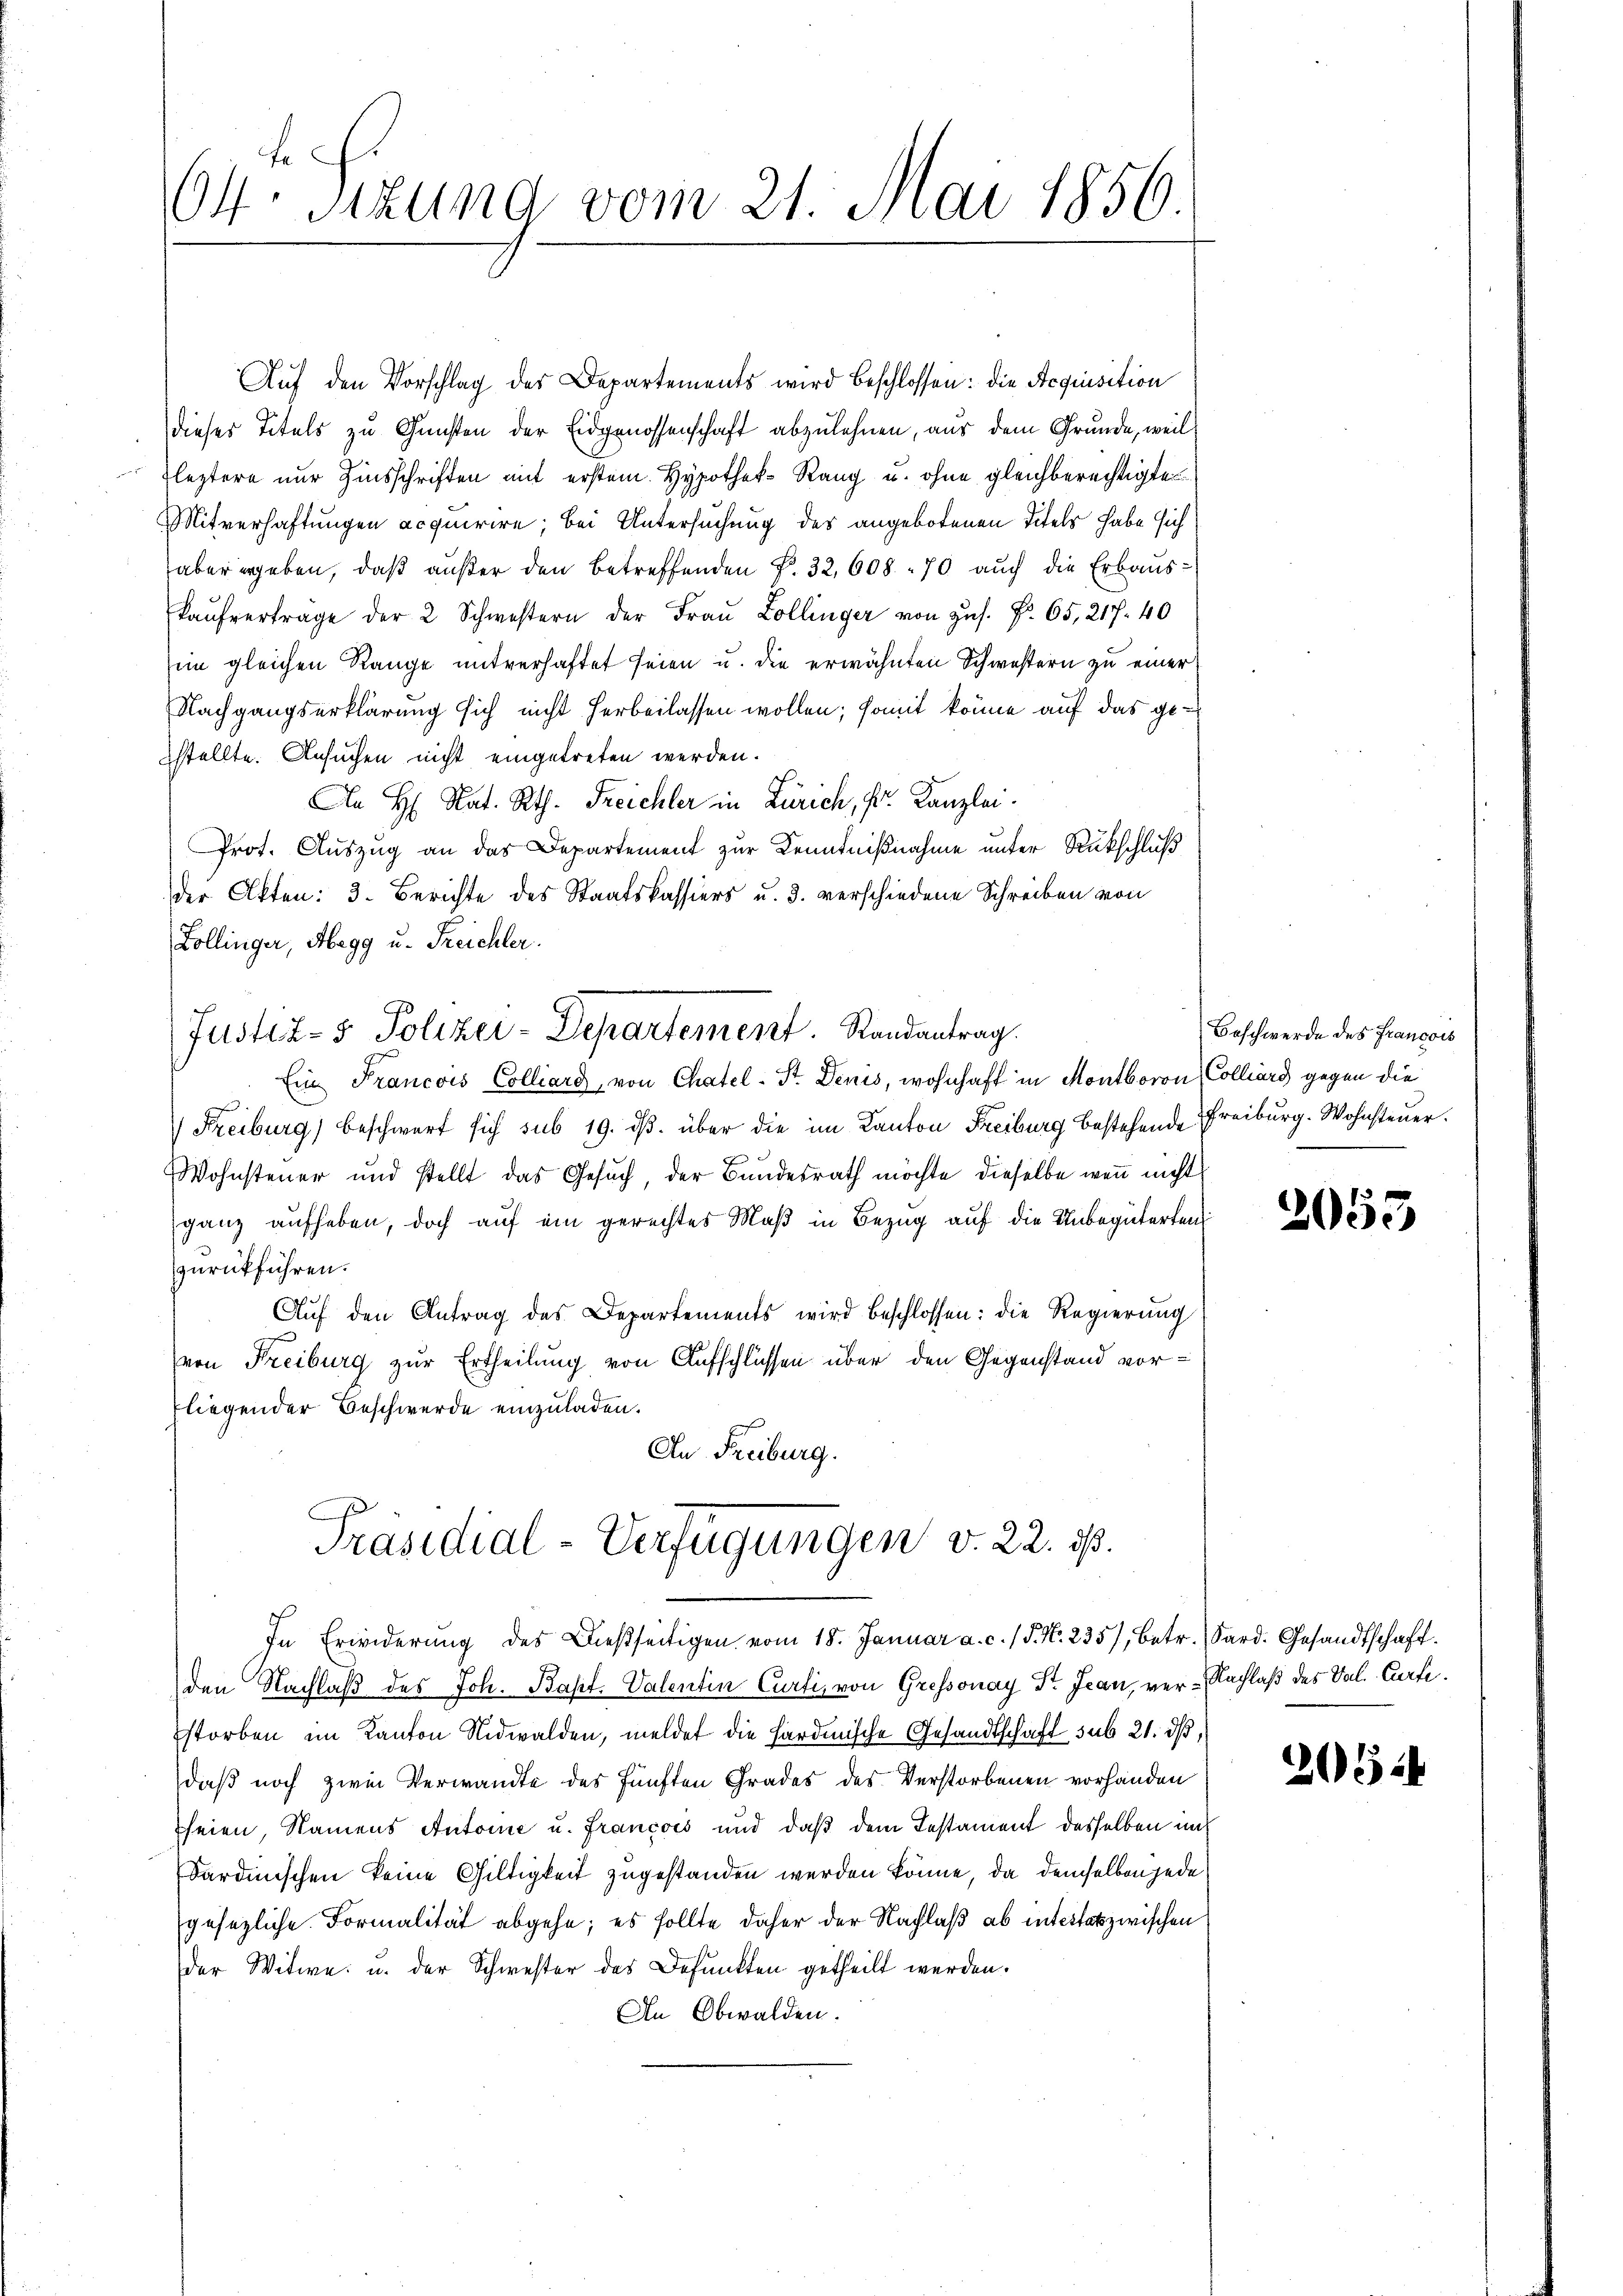
64 Sizung vom 21. Mai 1856.

Aŭf den Vorschlag des Departements wird beschlossen: die Acquisition
dieses Titels zu Gunsten der Eidgenossenschaft abzulehnen, aus dem Grunde, weil
leztere nur Zinsschriften mit erstem. Hypothek-Rang u. ohne gleichberechtigte
Mitverhaftungen acquirire; bei Untersuchung des angebotenen Titels habe sich
aber ergeben, daß außer den betreffenden Fr. 32, 608 - 70 auch die Erbaus¬
Kaŭfvertrage der 2 Schwestern der Fraŭ Zollinger von zus. Fr. 65, 217. 40
in gleichen Range mitverhaftet seien u. die erwähnten Schwestern zu einer
Nachgangserklärung sich nicht herbeilassen wollen; somit könne auf das gesstellte. Ansuchen nicht eingetreten werden.
An H. Nat. Rth. Treichler in Zürich, s. Kanzlei.
Prot. Auszug an das Departement zur Kenntnißnahme unter Rückschluß
der Akten: 3. Berichte des Staatskassiers u. 3. verschiedene Schreiben von
Collinger, Abegg u. Treichler.
Ein Francois Colliard, von Chatel-Str. Denis, wohnhaft in Montboron Colliars gegen die
Freiburg) beschwert sich sub 19. dβ über die im Kanton Freiburg bestehende Freiburg. Wohnsteuer.
Wohnsteuer und stellt das Gesuch, der Bundesrath möchte dieselbe wenn nicht
ganz aufheben, doch auf ein gerechtes Maß in Bezug auf die Unbegüterten
zurückführen.
Auf den Antrag des Departements wird beschlossen: die Regierung
(von Freiburg zur Ertheilung von Aufschlüssen über den Gegenstand vorfliegender Beschwerde einzuladen.
An Freiburg.
Präsidial-Verfügungen v. 22. ist.
In Erwiderung des Dießseitigen vom 18. Januar a. c. (T. N. 235, betr. Sard. Gesandtschaft.
den Nachlaß des Joh. Bapt. Valentin Curti, von Gressonay Dr. Jean, ver-Nachlaß des Val. Cartestorben im Kanton Nidwalden, meldet die Hardinische Gesandtschaft sub 21. ds,
daß noch zwei Verwandte des fünften Grades des Verstorbenen vorhanden
seien, Namens Antone u. Francois und daß dem Testament desselben im
Sardinischen keine Gültigkeit zugestanden werden könne, da demselben jede
gesezliche Formalität abgehe; es sollte daher der Nachlaß ab intestat zwischen
der Witwe. u. der Schwester des Befunkten getheilt werden.
An Obwalden.

Justiz- & Polizei-Departement. Randantrag

Beschwerde des Francois

2053

25